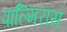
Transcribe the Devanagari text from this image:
पाल्मिरास